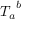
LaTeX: { T _ { a } } ^ { b }